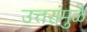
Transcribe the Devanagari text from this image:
उत्तरांमुळे